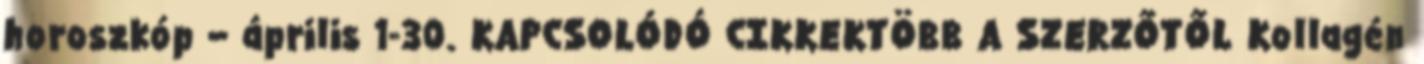
horoszkóp – április 1-30. KAPCSOLÓDÓ CIKKEKTÖBB A SZERZŐTŐL Kollagén